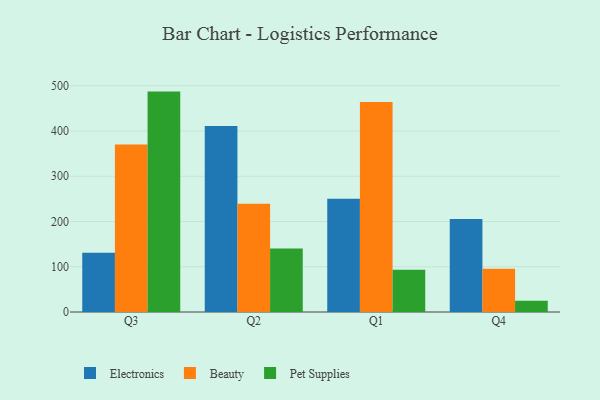
{"axis": {"x": "Quarter", "y": "Customer Acquisition Cost (USD)"}, "legend": ["Beauty", "Electronics", "Pet Supplies"], "data": [{"x": "Q3", "y": 131.0, "type": "Electronics"}, {"x": "Q3", "y": 370.0, "type": "Beauty"}, {"x": "Q3", "y": 487.1, "type": "Pet Supplies"}, {"x": "Q2", "y": 411.0, "type": "Electronics"}, {"x": "Q2", "y": 239.0, "type": "Beauty"}, {"x": "Q2", "y": 140.3, "type": "Pet Supplies"}, {"x": "Q1", "y": 250.3, "type": "Electronics"}, {"x": "Q1", "y": 463.9, "type": "Beauty"}, {"x": "Q1", "y": 93.1, "type": "Pet Supplies"}, {"x": "Q4", "y": 205.3, "type": "Electronics"}, {"x": "Q4", "y": 95.5, "type": "Beauty"}, {"x": "Q4", "y": 24.8, "type": "Pet Supplies"}]}